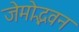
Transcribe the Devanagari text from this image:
जेमोद्भवन